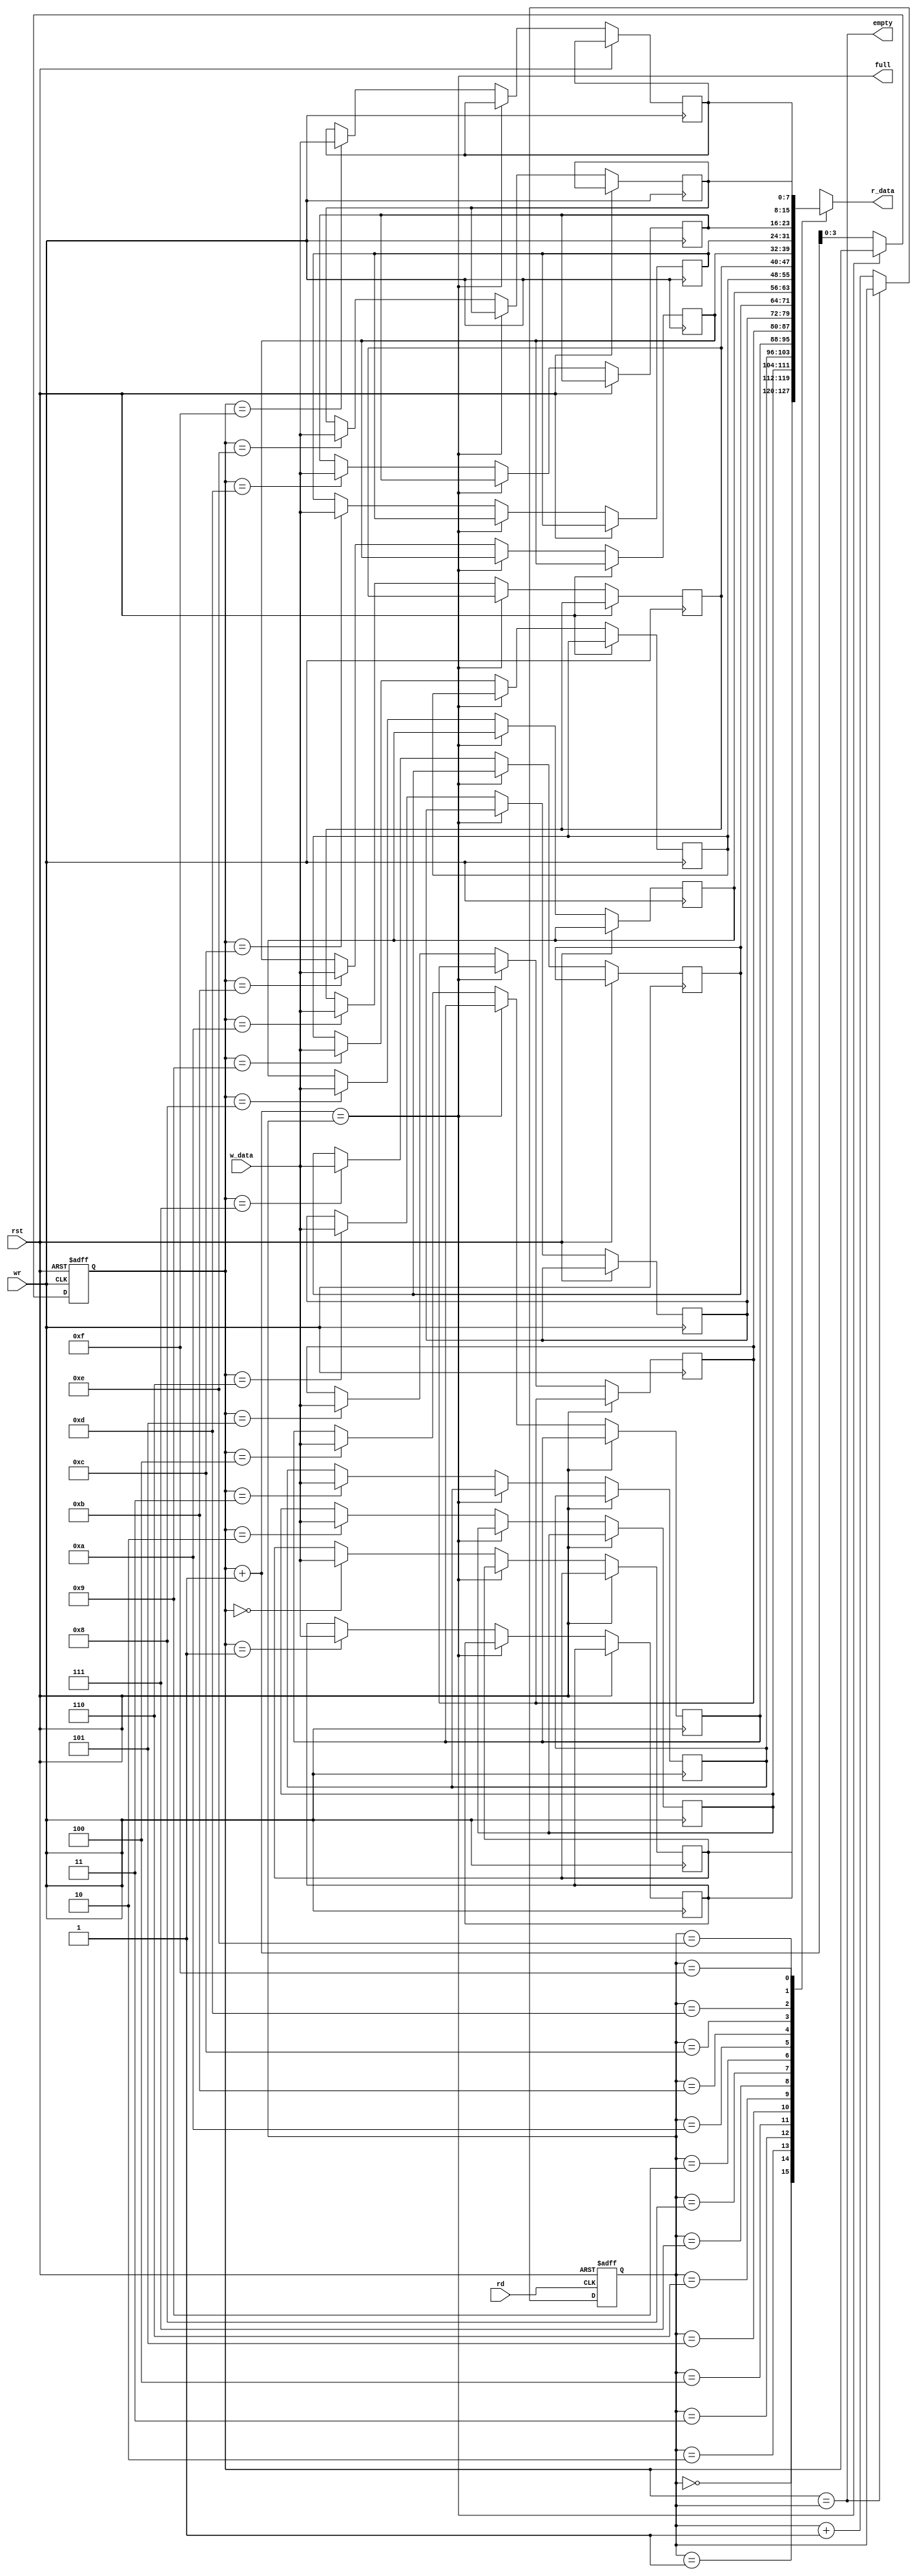
// Async FIFO
module fifo #(
    parameter A = 4, D = 8
    )(
    input wire rst,

    input wire wr,
    input wire [D-1:0] w_data,
    input wire rd,
    output wire [D-1:0] r_data,

    output wire empty,
    output wire full
    );

    reg [D-1:0] ram[0:2**A-1];
    reg [A-1:0] wp = 0;
    reg [A-1:0] rp = 0;

    assign r_data = ram[rp];

    // assign r_data = {wp, rp};

    assign empty = wp == rp;
    assign full  = wp + 1 == rp;

    always @ (posedge rd or posedge rst) begin
        if (rst) rp <= 0;
        else if (~empty) begin
            rp <= rp + 1;
        end
    end

    always @ (posedge wr or posedge rst) begin
        if (rst) wp <= 0;
        else if (~full) begin
            ram[wp] <= w_data;
            wp <= wp + 1;
        end
    end

endmodule